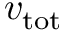
v _ { \mathrm { t o t } }